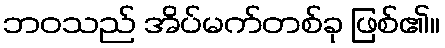
ဘဝသည် အိပ်မက်တစ်ခု ဖြစ်၏။